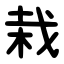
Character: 栽